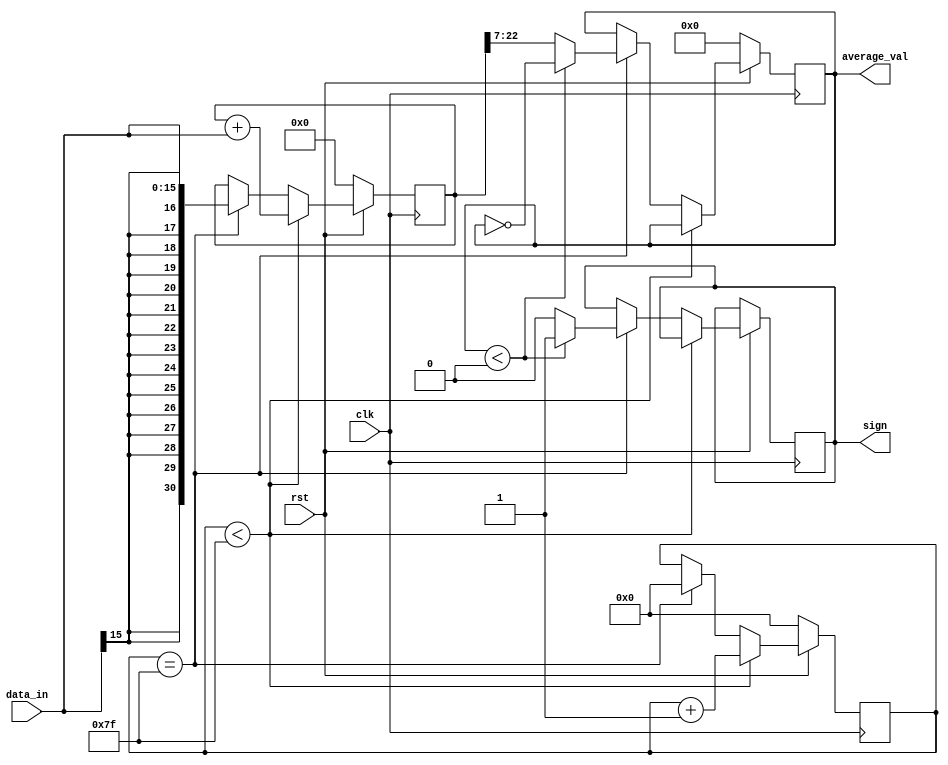
module Averager(
    input rst, clk,
    input signed [15:0] data_in,
    output reg signed [15:0] average_val,
	 output reg sign
);

// Declare variable to store the sum of the values
reg signed [30:0] total_sum = 0;
reg[7:0] count = 0;

// Update sum until we get a group of 128 values 
always @(posedge clk) begin 
    if(!rst) begin
        count <= 0;
        total_sum <= 0;
        average_val <= 0;
    end else begin
        if(count < 127) begin // Count from 0 to 126
            count <= count + 1;
            total_sum <= total_sum + data_in;
        end else if(count == 127) begin // When reaching 127, calculate average
            average_val <= total_sum >> 7; // Calculate average
				
				if(average_val < 0) begin
					average_val <= ~average_val;
					sign <= 1;
				end else begin
					sign <= 0;
				end
				
            count <= 0; // Reset count for next group of values
            total_sum <= data_in;
        end
    end
end 

endmodule